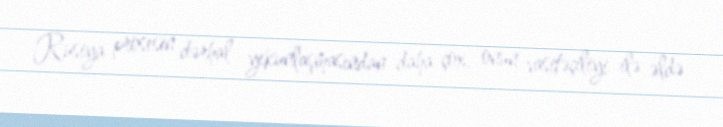
Rusiya prosesin dərhal yekunlaşmasından daha çox, onun vasitəçiliyi ilə əldə